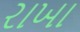
રાખા